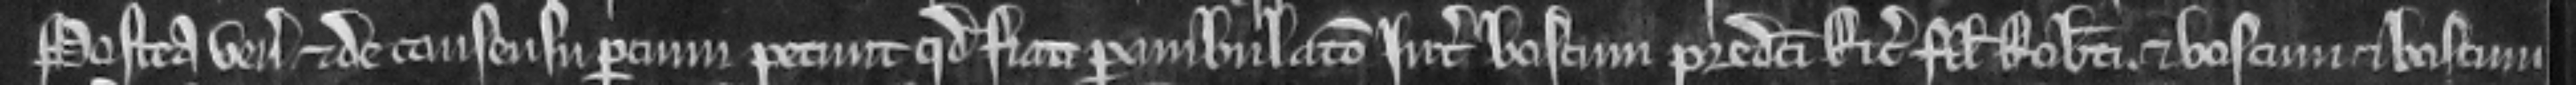
Postea veniunt et de consensu parcium petunt quod fiat perambulacio inter boscum predicti Ricardi filii Roberti et boscum et boscum